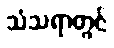
သံသရာတွင်